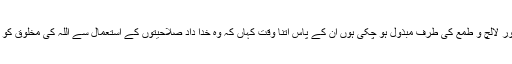
لیکن جن قوموں کی نیتیں اور سمتیںخود نمائی اور لالچ و طمع کی طرف مبذول ہو چکی ہوں ان کے پاس اتنا وقت کہاں کہ وہ خدا داد صلاحیتوں کے استعمال سے اللہ کی مخلوق کو فائدہ پہنچانے کیے لیے ایسی کاوشیں کر سکیں۔